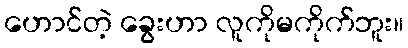
ဟောင်တဲ့ ခွေးဟာ လူကိုမကိုက်ဘူး။